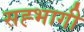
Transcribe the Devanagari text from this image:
सह्भागी